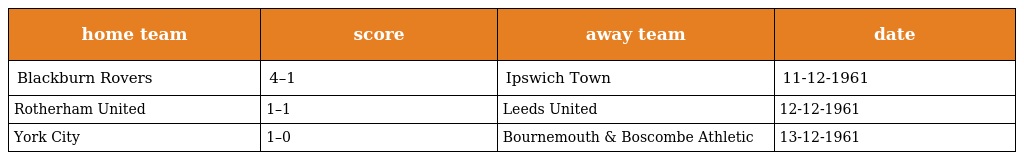
| home team | score | away team | date |
 | --- | --- | --- | --- |
 | Blackburn Rovers | 4–1 | Ipswich Town | 11-12-1961 |
 | Rotherham United | 1–1 | Leeds United | 12-12-1961 |
 | York City | 1–0 | Bournemouth & Boscombe Athletic | 13-12-1961 |